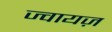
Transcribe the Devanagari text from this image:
ज्वायज़